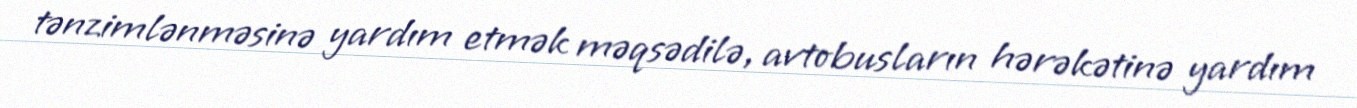
tənzimlənməsinə yardım etmək məqsədilə, avtobusların hərəkətinə yardım